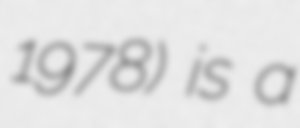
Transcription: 1978) is a